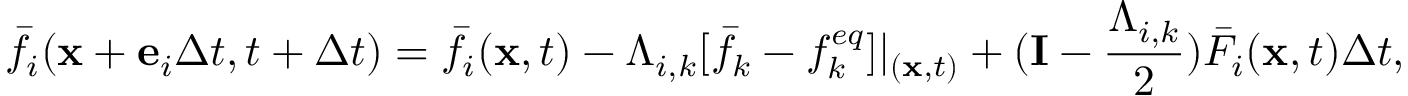
{ \bar { f } _ { i } } ( { \bf { x } } + { { \bf { e } } _ { i } } \Delta t , t + \Delta t ) = { \bar { f } _ { i } } ( { \bf { x } } , t ) - { \Lambda _ { i , k } } [ { \bar { f } _ { k } } - f _ { k } ^ { e q } ] { | _ { ( { \bf { x } } , t ) } } + ( { \bf { I } } - \frac { { { \Lambda _ { i , k } } } } { 2 } ) { \bar { F } _ { i } } ( { \bf { x } } , t ) \Delta t ,